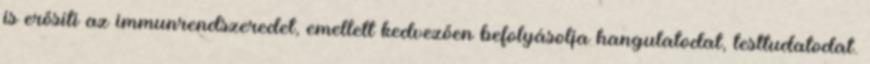
is erősíti az immunrendszeredet, emellett kedvezően befolyásolja hangulatodat, testtudatodat.